Problem: 3 + 11 = ?
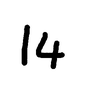
Handwritten answer: 14